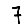
Digit: 7